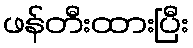
ဖန်တီးထားပြီး